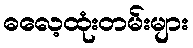
ဓလေ့ထုံးတမ်းများ